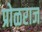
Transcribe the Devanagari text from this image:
प्रोळराज